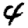
Digit: 4